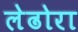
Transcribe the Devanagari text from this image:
लेढोरा